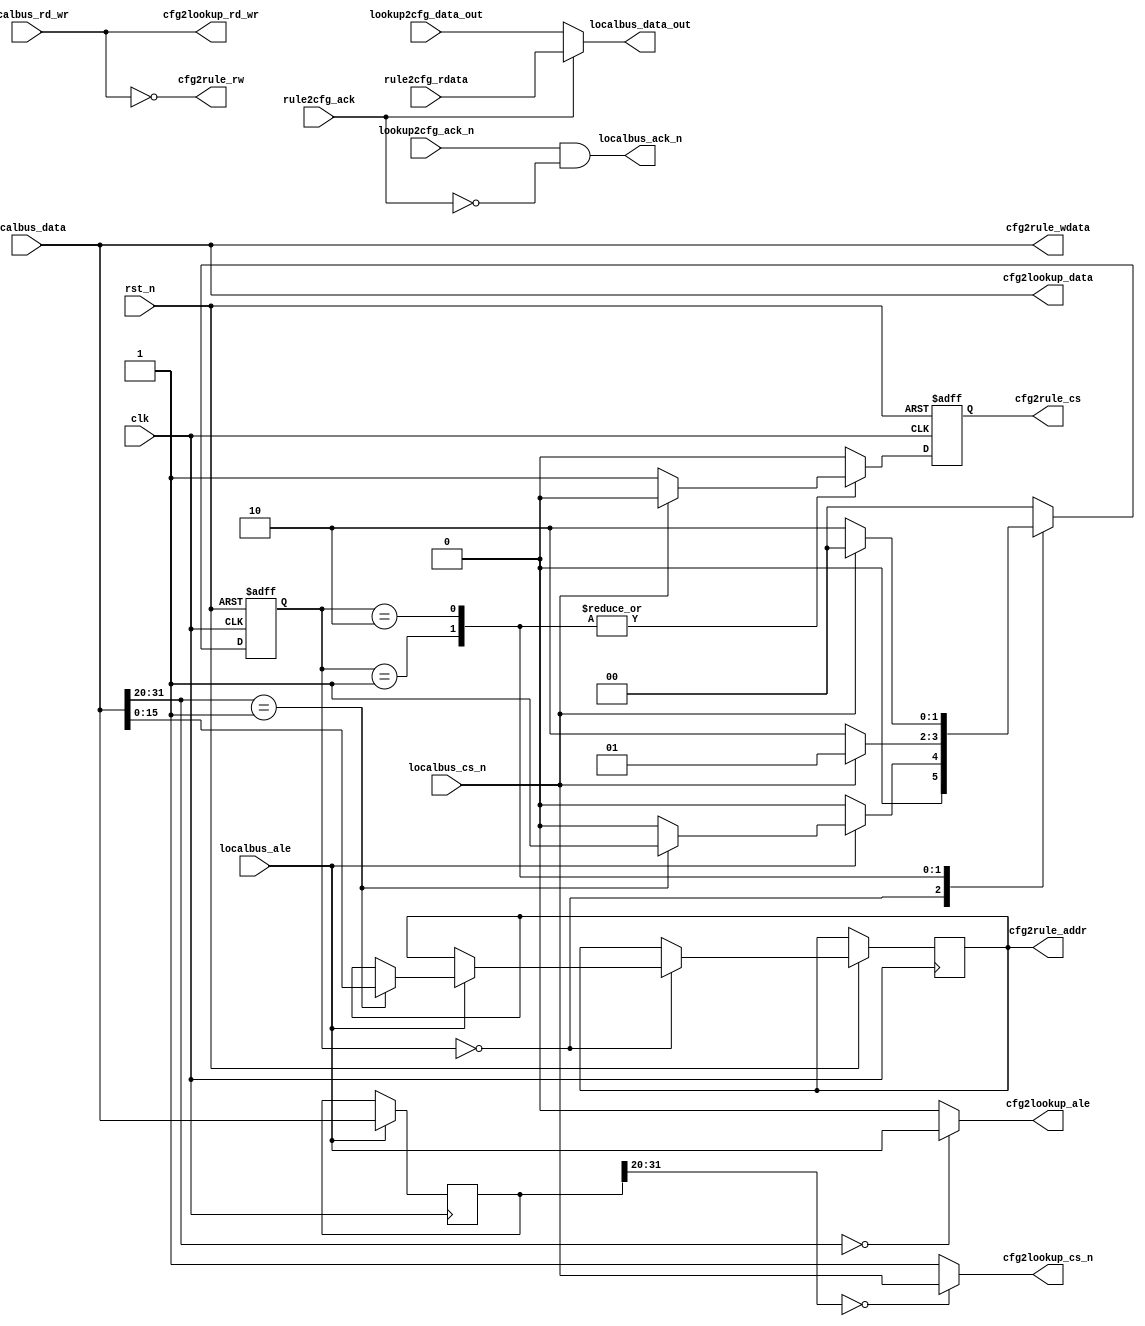
module user_mgmt_slave(
    input clk,
    input rst_n,
//from localbus master
    input localbus_cs_n,
    input localbus_rd_wr,//0 write 1:read
    input [31:0] localbus_data,
    input localbus_ale,
    output localbus_ack_n,
    output [31:0] localbus_data_out,
//to bv lookup
    output cfg2lookup_cs_n,
    output cfg2lookup_rd_wr,
    output [31:0] cfg2lookup_data,
    output cfg2lookup_ale,
    input lookup2cfg_ack_n,
    input [31:0] lookup2cfg_data_out, 
//to rule mgmt
    output reg cfg2rule_cs,//high active
    input rule2cfg_ack,//high active ,handshake with cfg2rule_cs
    output cfg2rule_rw,//0:read 1:write
    output reg [15:0] cfg2rule_addr,
    output [31:0] cfg2rule_wdata,
    input [31:0] rule2cfg_rdata
);
//***************************************************
//        Intermediate variable Declaration
//***************************************************
//all wire/reg/parameter variable 
//should be declare below here 

reg [1:0] ram_state;
reg [31:0] addr_latch;//latch the address when local_ale assert
//***************************************************
//                Address Allocate
//***************************************************
assign localbus_ack_n = lookup2cfg_ack_n && (~rule2cfg_ack);
assign localbus_data_out = (rule2cfg_ack == 1'b1) ? rule2cfg_rdata : lookup2cfg_data_out;
//*******************
//  Lookup Allocate
//*******************
always @(posedge clk) begin
    if(localbus_ale == 1'b1) begin
        addr_latch <= cfg2lookup_data;
    end
    else begin
        addr_latch <= addr_latch;
    end
end

//tell lzn add address space judge logic in his module
assign cfg2lookup_cs_n = (addr_latch[31:20] == 12'd0) ? localbus_cs_n : 1'b1;
assign cfg2lookup_rd_wr = localbus_rd_wr;
assign cfg2lookup_data = localbus_data;
assign cfg2lookup_ale = (cfg2lookup_data[31:20] == 12'd0) ? localbus_ale : 1'b0;


//*******************
//  Ram Allocate
//*******************
assign cfg2rule_rw = ~localbus_rd_wr;
assign cfg2rule_wdata = localbus_data;


localparam  IDLE_S = 2'd0,
            SEND_S = 2'd1,
            RELEASE_S = 2'd2;
            
always @(posedge clk or negedge rst_n) begin
    if(rst_n == 1'b0) begin
        cfg2rule_cs <= 1'b0;
        ram_state <= IDLE_S;
    end
    else begin
        case(ram_state)
            IDLE_S: begin
                cfg2rule_cs <= 1'b0;
                if(localbus_ale == 1'b1) begin
                    if(localbus_data[31:20] == 12'd1) begin//ram address space
                        cfg2rule_addr <= localbus_data[15:0];
                        ram_state <= SEND_S;
                    end
                    else begin
                        ram_state <= IDLE_S;
                    end
                end
                else begin
                    ram_state <= IDLE_S;
                end
            end
            
            SEND_S: begin//wait cfg data
                if(localbus_cs_n == 1'b0) begin
                    cfg2rule_cs <= 1'b1;
                    ram_state <= RELEASE_S;
                end
                else begin
                    cfg2rule_cs <= 1'b0;
                    ram_state <= SEND_S;
                end
            end
            
            RELEASE_S: begin//wait localbus cs&ack handshake over
                if(localbus_cs_n == 1'b0) begin
                    cfg2rule_cs <= 1'b1;
                    ram_state <= RELEASE_S;
                end
                else begin
                    cfg2rule_cs <= 1'b0;
                    ram_state <= IDLE_S;
                end
            end
            
            default: begin
                cfg2rule_cs <= 1'b0;
                ram_state <= IDLE_S;
            end
        endcase
    end
end
      
endmodule